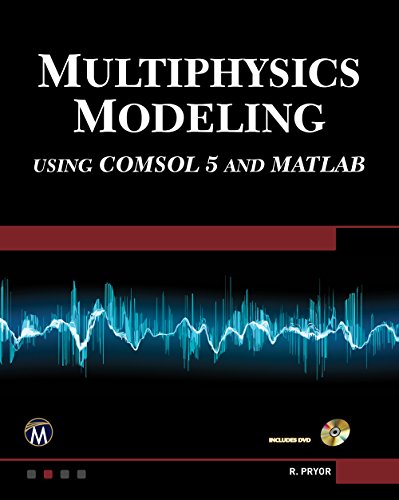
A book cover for Multiphysics Modeling Using COMSOL5 and MATLAB; Roger W. Pryor; Computers & Technology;